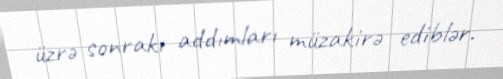
üzrə sonrakı addımları müzakirə ediblər.